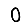
Digit: 0